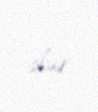
olur.